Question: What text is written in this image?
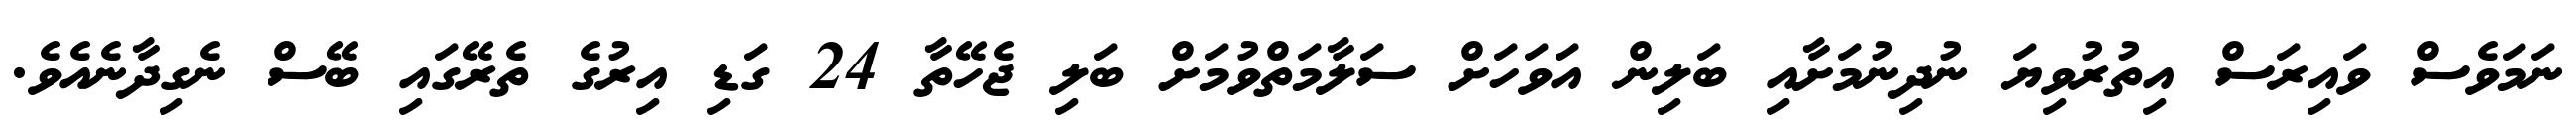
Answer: ނަމަވެސް ވައިރަސް އިތުރުވިޔަ ނުދިނުމަށާއި ބަލިން އަވަހަށް ސަލާމަތްވުމަށް ބަލި ޖެހޭތާ 24 ގަޑި އިރުގެ ތެރޭގައި ބޭސް ނެގިދާނެއެވެ.